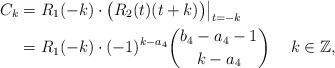
LaTeX: \begin{align*}C_k&=R_1(-k)\cdot\bigl(R_2(t)(t+k)\bigr)\big|_{t=-k}\\&=R_1(-k)\cdot(-1)^{k-a_4}\binom{b_4-a_4-1}{k-a_4}\quad\; k\in\mathbb Z,\end{align*}